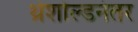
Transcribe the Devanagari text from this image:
थ्रेशोल्डनंतर